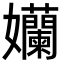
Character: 孏